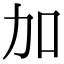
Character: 加